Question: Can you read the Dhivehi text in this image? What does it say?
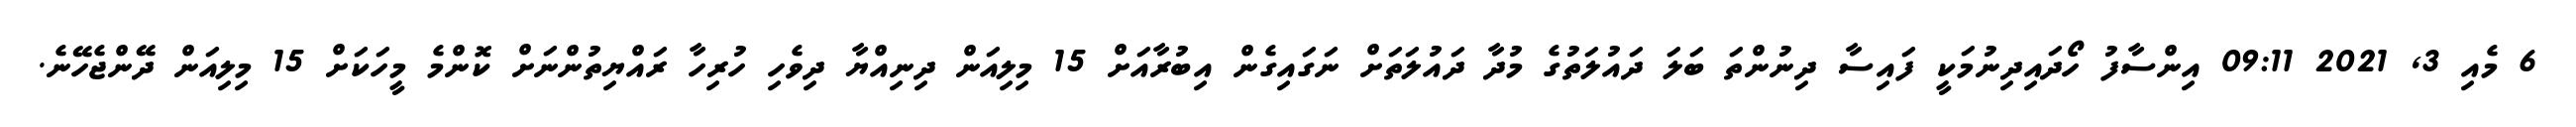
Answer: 6 މެއި 3, 2021 09:11 އިންސާފު ހޯދައިދިނުމަކީ ފައިސާ ދިނުންތަ ބަލަ ދައުލަތުގެ މުދާ ދައުލަތަށް ނަގައިގެން އިބުރާއަށް 15 މިލިއަން ދިނިއްޔާ ދިވެހި ހުރިހާ ރައްޔިތުންނަށް ކޮންމެ މީހަކަށް 15 މިލިއަން ދޭންޖެހޭނެ.